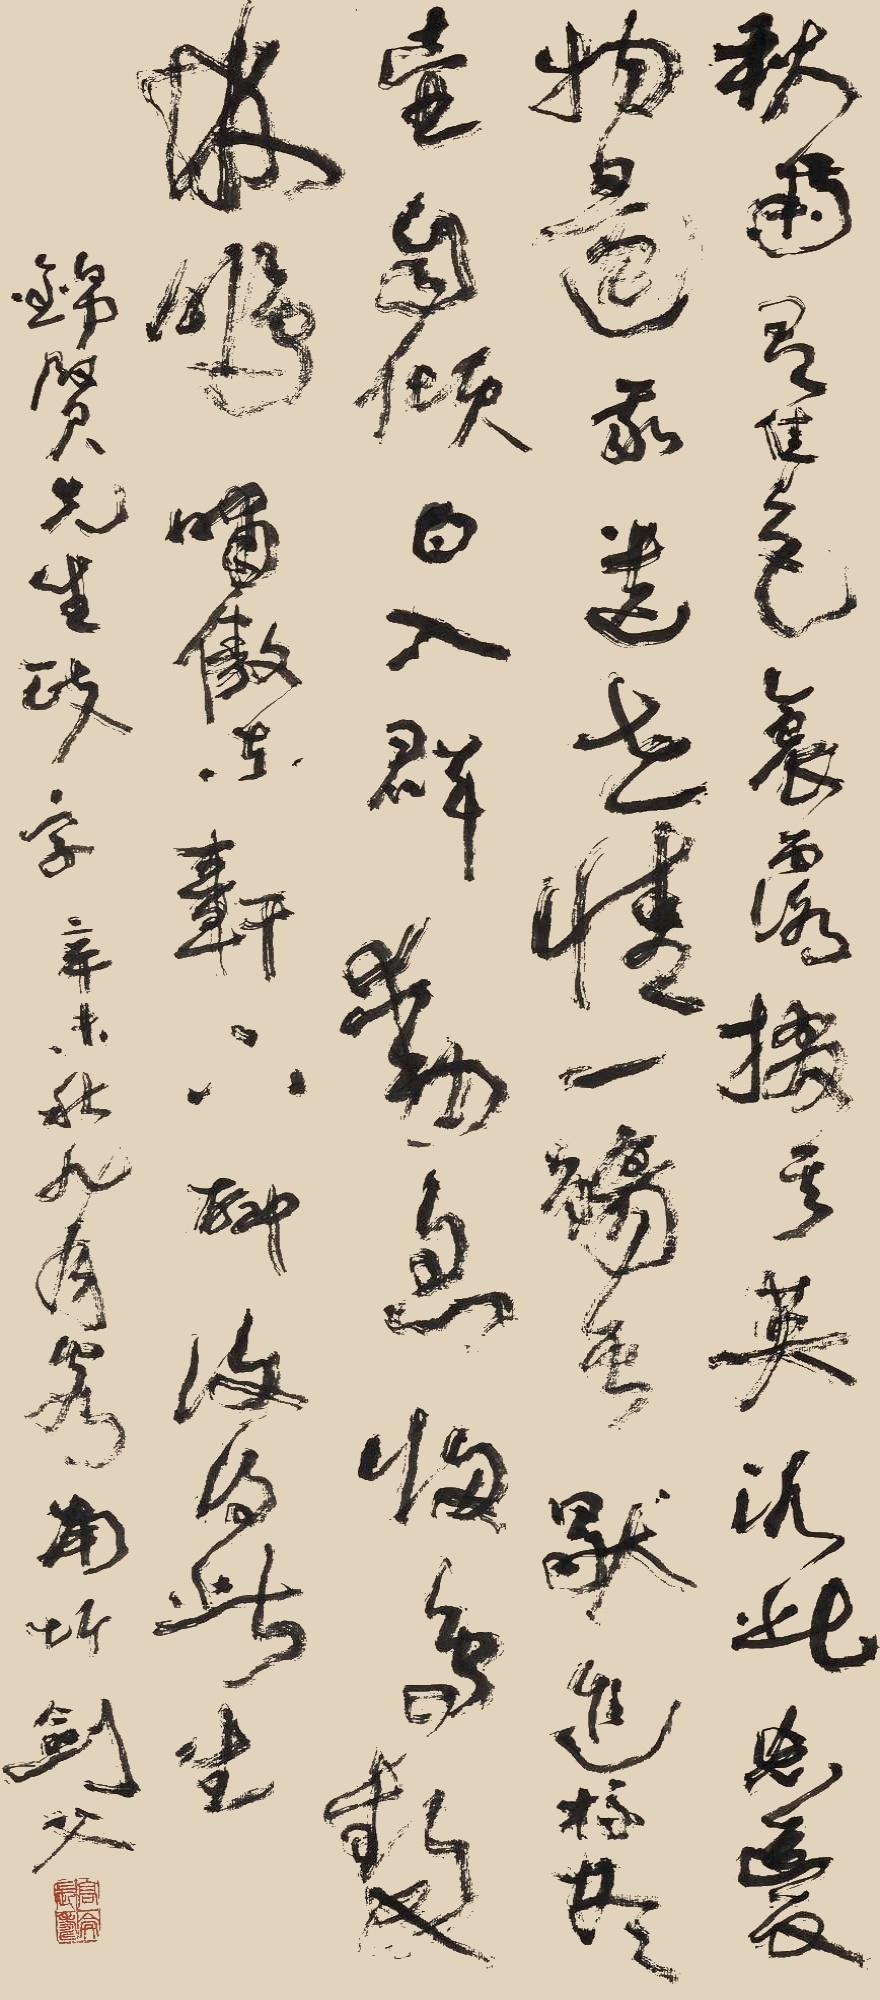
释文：秋菊有佳色，裛露掇其英。泛此忘忧物，远我遗世情。一觞虽独进，杯尽壶自倾。日入群动息，归鸟趋林鸣。啸傲东轩下，聊复得此生。锦贤先生政字，辛未秋月客南圻，剑父。